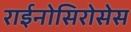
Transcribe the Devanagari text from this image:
राईनोसिरोसेस